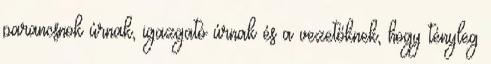
parancsnok úrnak, igazgató úrnak és a vezetőknek, hogy tényleg